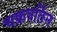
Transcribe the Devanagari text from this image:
चक्रवर्तिन